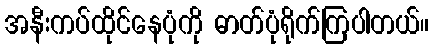
အနီးကပ်ထိုင်နေပုံကို ဓာတ်ပုံရိုက်ကြပါတယ်။